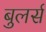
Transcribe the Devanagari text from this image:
बुलर्स